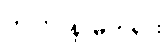
ဟူလို။ နာမ်တရား